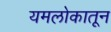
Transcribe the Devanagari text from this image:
यमलोकातून